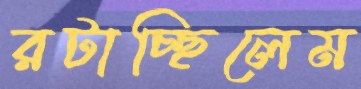
রটাচ্ছিলেম